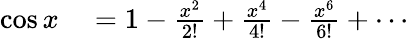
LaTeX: \begin{array}{rl}{\cos x}&{{}=1-{\frac{x^{2}}{2!}}+{\frac{x^{4}}{4!}}-{\frac{x^{6}}{6!}}+\cdots}\end{array}